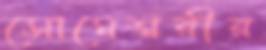
সোমেশ্বরীর